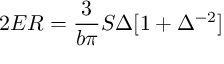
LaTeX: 2 E R = \frac { 3 } { b \pi } S \Delta [ 1 + \Delta ^ { - 2 } ]